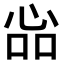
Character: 𢙈